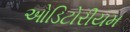
ઓડિટોરીયમ